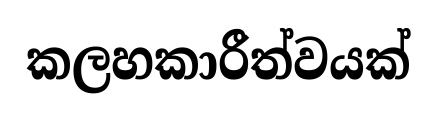
කලහකාරීත්වයක්